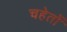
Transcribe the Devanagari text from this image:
चहेतों